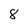
Character: 8